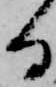
る